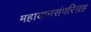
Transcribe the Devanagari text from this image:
महायानसंपरिग्रह